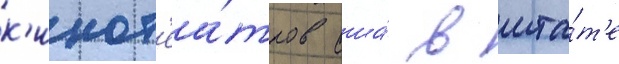
к'инот'еа́тров сша́ в шта́т'е